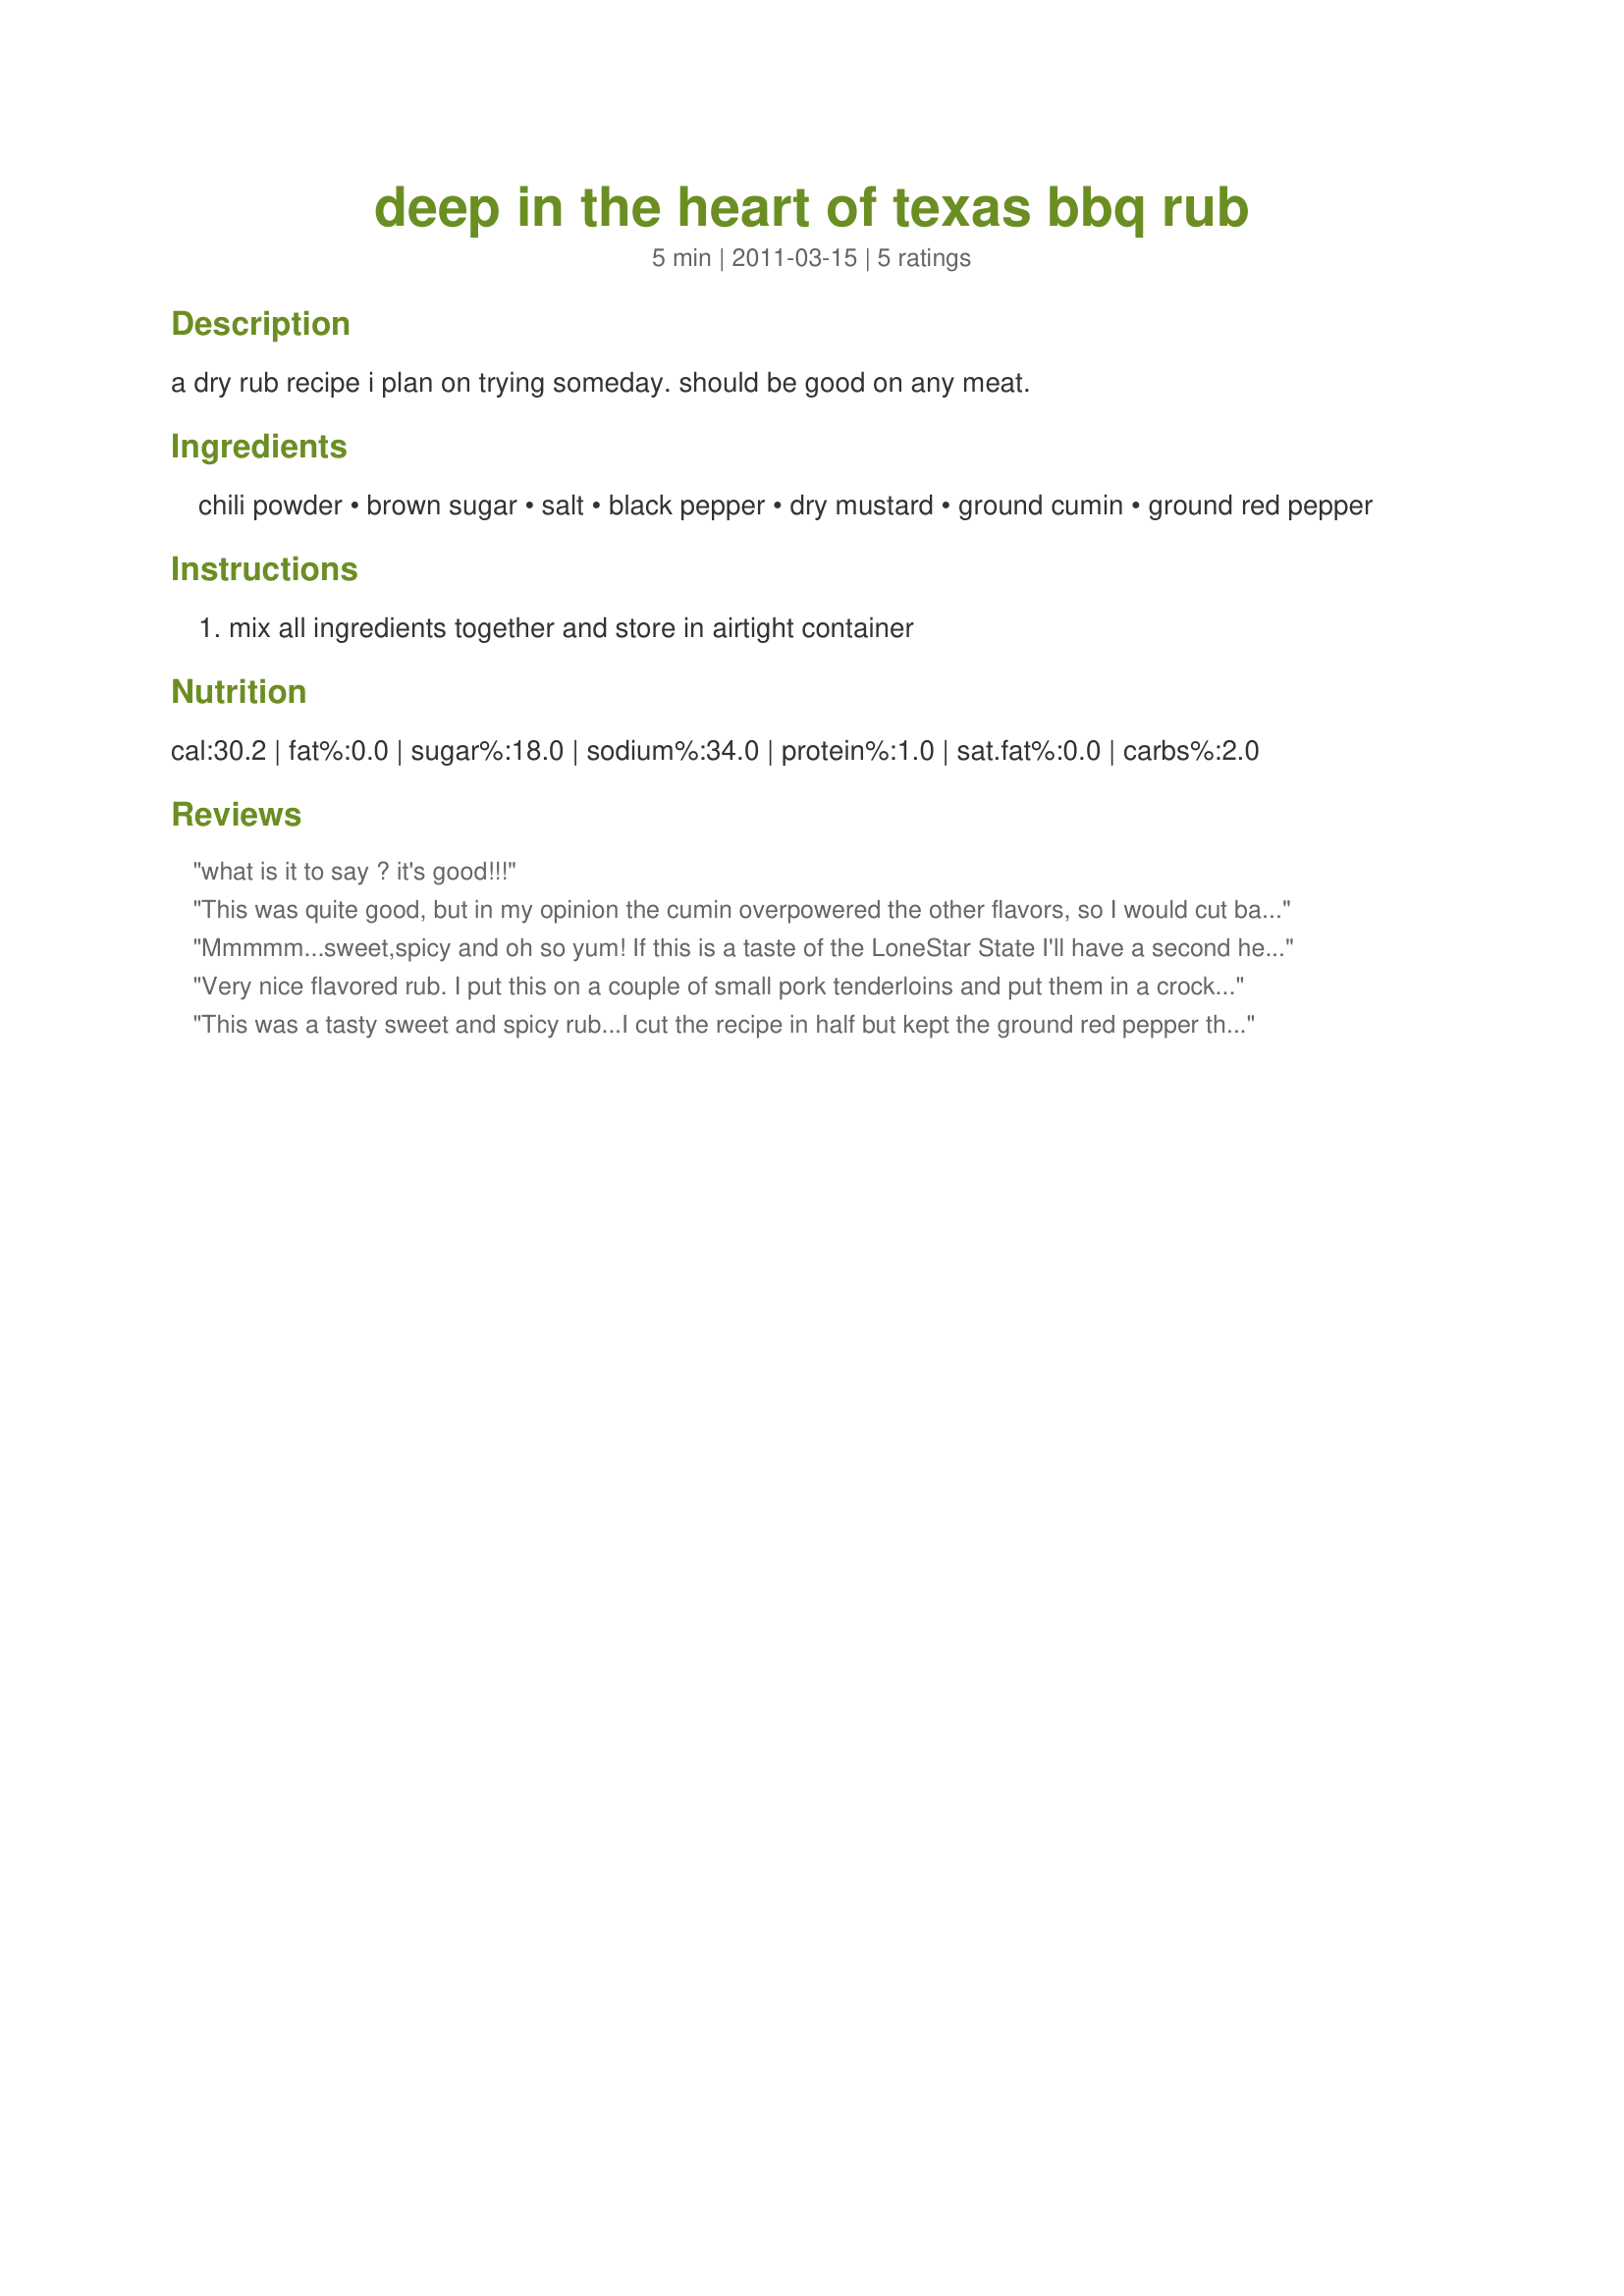
deep in the heart of texas bbq rub
Preparation time: 5 minutes

a dry rub recipe i plan on trying someday. should be good on any meat.

Ingredients:
chili powder, brown sugar, salt, black pepper, dry mustard, ground cumin, ground red pepper

Steps:
mix all ingredients together and store in airtight container

Reviews:
what is it to say ? it's good!!!
This was quite good, but in my opinion the cumin overpowered the other flavors, so I would cut back on that next time. Also, I did add onion powder, but that is just personal preference. I used it on country style pork ribs, let it marinate in the fridge for 18 hours and baked at 300 degrees for three hours. Made for PRMR 2013
Mmmmm...sweet,spicy and oh so yum! <br/>If this is a taste of the LoneStar State I'll have a second helping please!!!<br/>Made for PRMR.
Very nice flavored rub. I put this on a couple of small pork tenderloins and put them in a crock pot with some onions and sliced bell peppers. Added a 1/2 cup of vegetable stock. 8 hours later we had a great dinner. Will make again and try it on grilled chicken. Made for Football Pool 2012.
This was a tasty sweet and spicy rub...I cut the recipe in half but kept the ground red pepper the same...I rubbed some on my chicken tenders and grilled them on my George Foreman grill...Yum...
